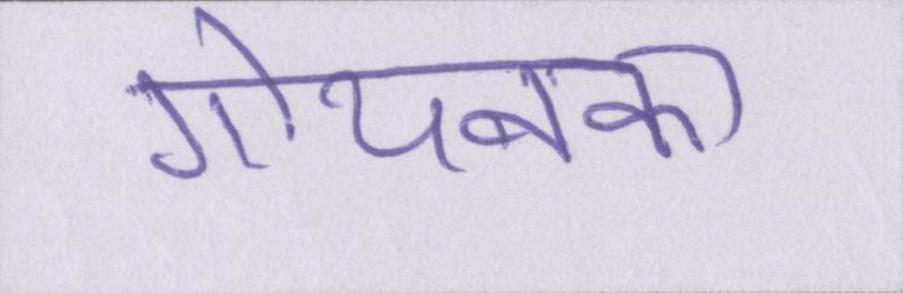
गोयनका